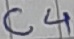
Text: C4